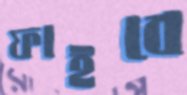
ফাইবে